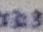
Text: R2